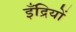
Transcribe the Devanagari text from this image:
इँद्रियों